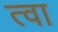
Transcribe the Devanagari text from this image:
त्‍वा